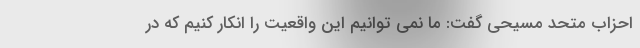
احزاب متحد مسیحی گفت: ما نمی توانیم این واقعیت را انکار کنیم که در